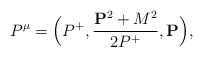
\begin{align*}P^{\mu} =\Big(P^+,{{{\bf P}^2+M^2}\over {2P^+}},{\bf P}\Big),\end{align*}